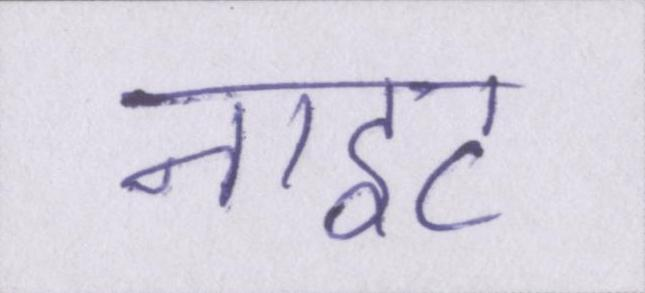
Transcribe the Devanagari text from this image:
नाइट